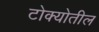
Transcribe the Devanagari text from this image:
टोक्योतील